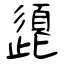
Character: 頾